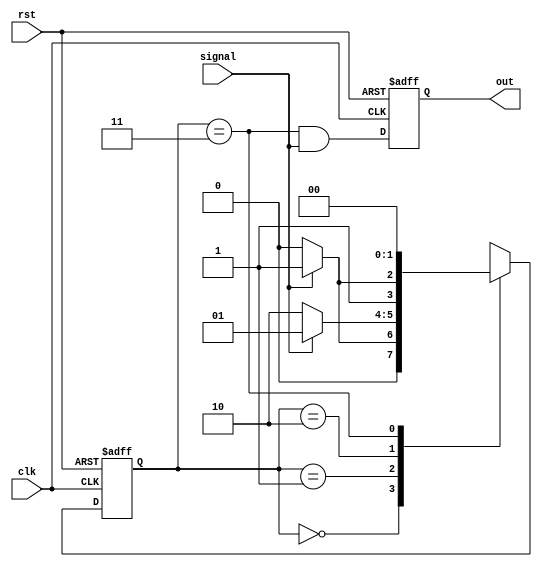
module sd_1011(clk,rst,signal,out);
  
  input clk,rst,signal;
  output reg out;
  
  parameter s0=2'b00,s1=2'b01,s2=2'b10,s3=2'b11;
  
  reg[1:0] ps,ns;
  
  always@(posedge clk or negedge rst)
    if(!rst)
      ps<=s0;
  	else 
      ps<=ns;
  
  always@(ps,signal)
    begin
      case(ps)
        s0:ns<=(signal==1)?s1:s0;
        s1:ns<=(signal==0)?s2:s1;
        s2:ns<=(signal==1)?s3:s2;
        s3:ns<=s0;
      endcase
    end
  
  always@(posedge clk,negedge rst)
     if (!rst)
       out <= 0;
      else
        out<= (ps == s3) && signal;
  
endmodule